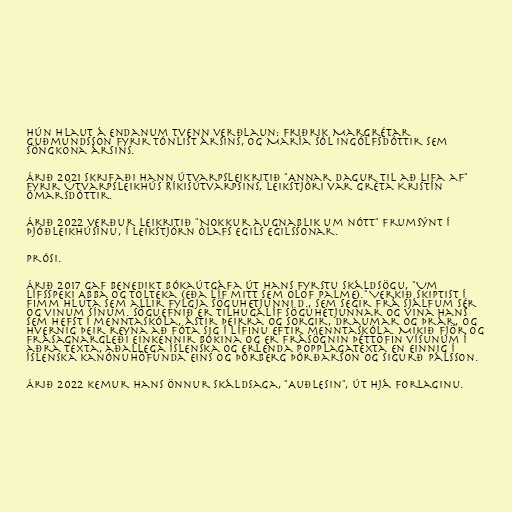
Hún hlaut á endanum tvenn verðlaun: Friðrik Margrétar
Guðmundsson fyrir Tónlist ársins, og María Sól Ingólfsdóttir sem
Söngkona ársins.

Árið 2021 skrifaði hann útvarpsleikritið "Annar dagur til að lifa af"
fyrir Útvarpsleikhús Ríkisútvarpsins, leikstjóri var Gréta Kristín
Ómarsdóttir.

Árið 2022 verður leikritið "Nokkur augnablik um nótt" frumsýnt í
Þjóðleikhúsinu, í leikstjórn Ólafs Egils Egilssonar.

Prósi.

Árið 2017 gaf Benedikt Bókaútgáfa út hans fyrstu skáldsögu, "Um
lífsspeki Abba og Tolteka (Eða líf mitt sem Olof Palme)." Verkið skiptist í
fimm hluta sem allir fylgja söguhetjunni D., sem segir frá sjálfum sér
og vinum sínum. Söguefnið er tilhugalíf söguhetjunnar og vina hans
sem hefst í menntaskóla, ástir þeirra og sorgir, draumar og þrár, og
hvernig þeir reyna að fóta sig í lífinu eftir menntaskóla. Mikið fjör og
frásagnargleði einkennir bókina og er frásögnin þéttofin vísunum í
aðra texta, aðallega íslenska og erlenda popplagatexta en einnig í
íslenska kanónuhöfunda eins og Þórberg Þórðarson og Sigurð Pálsson.

Árið 2022 kemur hans önnur skáldsaga, "Auðlesin", út hjá Forlaginu.